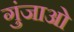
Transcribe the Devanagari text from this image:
गुंजाओ